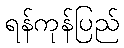
ရန်ကုန်ပြည်